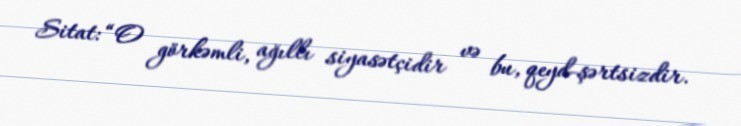
Sitat: “O görkəmli, ağıllı siyasətçidir və bu, qeyd-şərtsizdir.